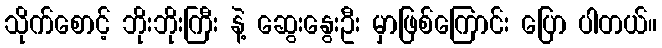
သိုက်စောင့် ဘိုးဘိုးကြီး နဲ့ ဆွေးနွေးဦး မှာဖြစ်ကြောင်း ပြော ပါတယ်။